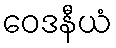
ဝေဒနီယံ